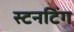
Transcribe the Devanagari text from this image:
स्टनटिंग